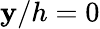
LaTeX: \mathbf{y}/h=0